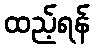
ထည့်ရန်